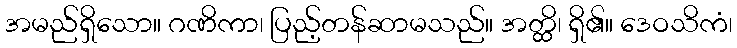
အမည်ရှိသော။ ဂဏိကာ၊ ပြည့်တန်ဆာမသည်။ အတ္ထိ၊ ရှိ၏။ ဒေဝသိကံ၊